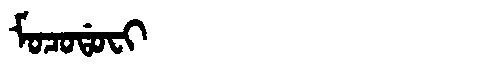
Manchu: ᠮᠣᠴᠣᡩᠣᠸᡳ
Romanization: MOCODOFI